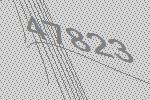
47823